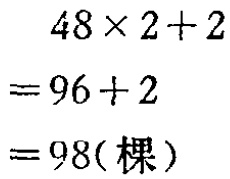
\[
\begin{align*}
&48\times2 + 2\\
=&96+2\\
=&98(\text{棵})
\end{align*}
\]